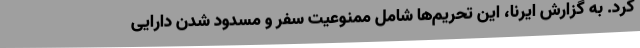
کرد. به گزارش ایرنا، این تحریم‌ها شامل ممنوعیت سفر و مسدود شدن دارایی